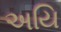
અયિ